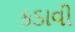
કડાવી